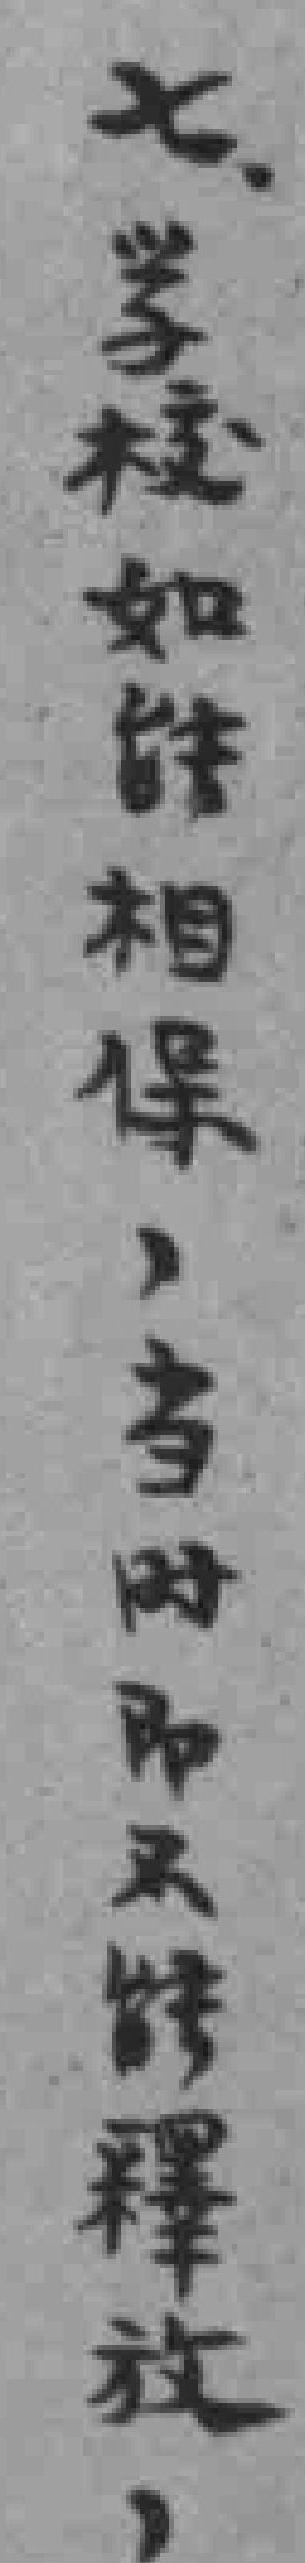
七学校如相保，当时即能釋放，